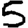
Digit: 5